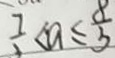
\frac { 7 } { 3 } < a \leq \frac { 8 } { 3 }